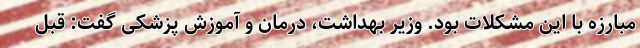
مبارزه با این مشکلات بود. وزیر بهداشت، درمان و آموزش پزشکی گفت: قبل